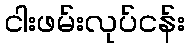
ငါးဖမ်းလုပ်ငန်း